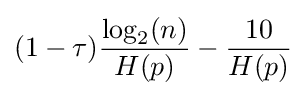
(1-\tau ){\frac {\log _{2}(n)}{H(p)}}-{\frac {10}{H(p)}}